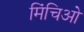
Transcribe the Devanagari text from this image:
मिंचिओ